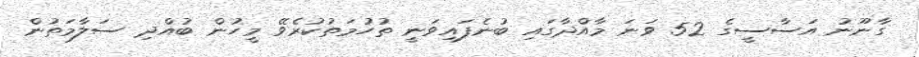
ގާނޫނު އަސާސީގެ 52 ވަނަ މާއްދާގައި ބުނެފައިވަނީ ތުހުމަތުކުރެވޭ މީހުން ބުއްދި ސަލާމަތުން